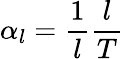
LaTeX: \alpha_{l}={\frac{1}{l}}{\frac{l}{T}}